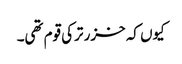
کیوں کہ خزر ترکی قوم تھی۔